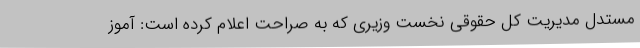
مستدل مدیریت کل حقوقی نخست وزیری که به صراحت اعلام کرده است: آموز